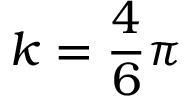
k = \frac { 4 } { 6 } \pi